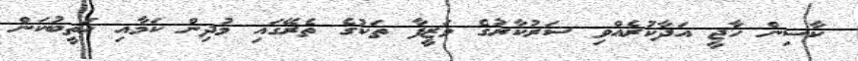
ކާސިން ހާޖީ އަދާކުރެއްވި ސަރުކާރުގެ ވަޒީފާ ތަކުގެ ތެރޭގައި މުދިން ކަމާއި ޚަތީބުކަން